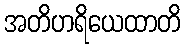
အတိဟရိယေထာတိ